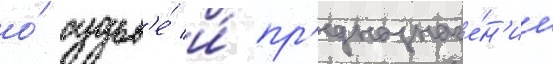
о́ судьб'е́ и́ пр'едназначе́н'ии